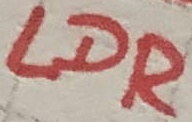
Text: LDR